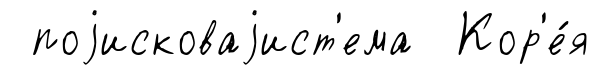
поjисковаjист'ема Кор'е́я